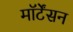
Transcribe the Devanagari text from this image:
मॉर्टेंसन